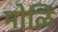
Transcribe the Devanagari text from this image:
मोळि